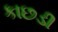
કાછડી